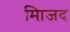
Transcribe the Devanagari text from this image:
मािजद